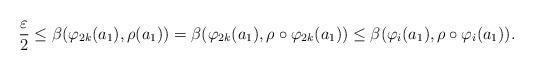
LaTeX: \begin{align*}\dfrac{\varepsilon}{2}\leq\beta(\varphi_{2k}(a_1),\rho(a_1))=\beta(\varphi_{2k}(a_1),\rho\circ \varphi_{2k}(a_1))\leq \beta(\varphi_i(a_1),\rho\circ \varphi_i(a_1)).\end{align*}